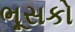
ભૂસકો